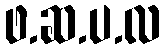
ဖ.ဆ.ပ.လ